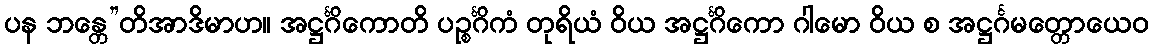
ပန ဘန္တေ”တိအာဒိမာဟ။ အဋ္ဌင်္ဂိကောတိ ပဉ္စင်္ဂိကံ တုရိယံ ဝိယ အဋ္ဌင်္ဂိကော ဂါမော ဝိယ စ အဋ္ဌင်္ဂမတ္တောယေဝ